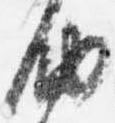
納